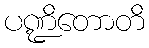
ပဏ္ဍိတောတိ